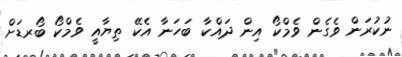
ނުކުރަން ވެގެން ވެމްކޯ އިން ދައްކާ ބަހަނާ އެކޭ ތިޔާއީ ވެމްކޯ ބޯރޑަށް